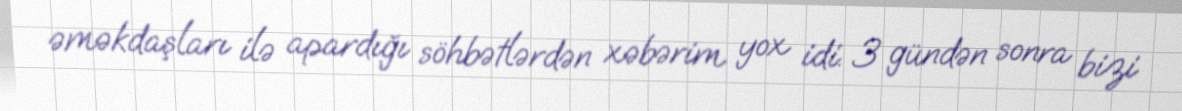
əməkdaşları ilə apardığı söhbətlərdən xəbərim yox idi. 3 gündən sonra bizi